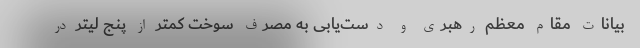
بیانات مقام معظم رهبری و دست‌یابی به مصرف سوخت کمتر از پنج لیتر در